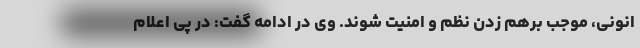
انونی، موجب برهم زدن نظم و امنیت شوند. وی در ادامه گفت: در پی اعلام